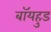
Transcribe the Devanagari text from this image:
बॉयहुड